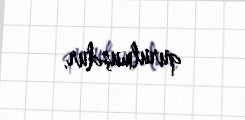
qurulmuşdur.